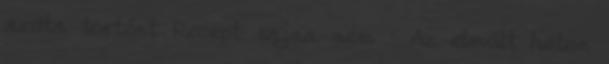
azóta történt Recept sajna nem : Az elmúlt héten